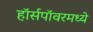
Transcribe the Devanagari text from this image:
हॉर्सपॉवरमध्ये